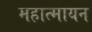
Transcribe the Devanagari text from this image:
महात्मायन